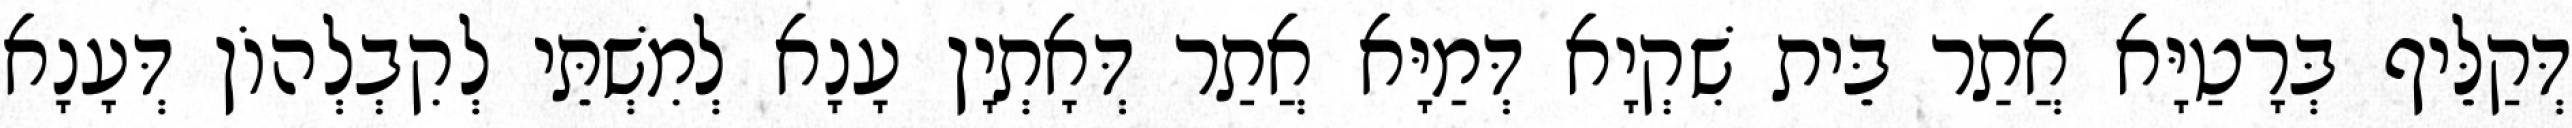
דְּקַלֵּיף בְּרָטַיָּא אֲתַר בֵּית שִׁקְיָא דְּמַיָּא אֲתַר דְּאָתְיָן עָנָא לְמִשְׁתֵּי לְקִבְלְהוֹן דְּעָנָא